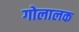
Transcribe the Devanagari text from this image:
गोलालक